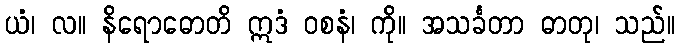
ယံ၊ လ။ နိရောဓောတိ ဣဒံ ဝစနံ၊ ကို။ အသင်္ခတာ ဓာတု၊ သည်။